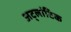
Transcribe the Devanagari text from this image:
अट्लांटिक